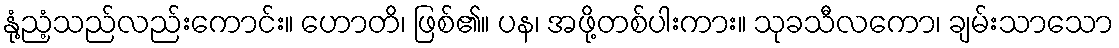
နုံ့ညံ့သည်လည်းကောင်း။ ဟောတိ၊ ဖြစ်၏။ ပန၊ အဖို့တစ်ပါးကား။ သုခသီလကော၊ ချမ်းသာသော